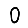
Digit: 0